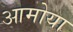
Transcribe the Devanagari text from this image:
आमोया